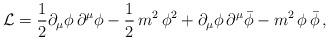
LaTeX: \begin{align*}{\cal L} = \frac{1}{2}{\partial}_{\mu} \phi\, {\partial}^{\mu} \phi- \frac{1}{2}\,m^2\, \phi^2 + {\partial}_{\mu} \phi\, {\partial}^{\mu} {\bar\phi}- m^2\,\phi\,{\bar\phi} \, ,\end{align*}